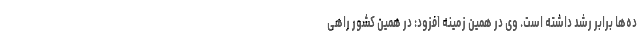
ده‌ها برابر رشد داشته است. وی در همین زمینه افزود: در همین کشور راهی